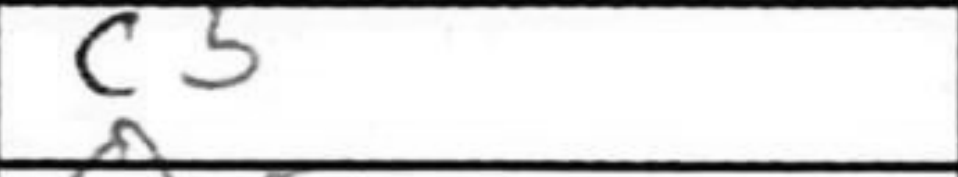
Transcription: c5